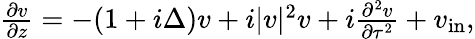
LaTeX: \begin{array}{r}{\frac{\partial v}{\partial z}=-(1+i\Delta)v+i|v|^{2}v+i\frac{\partial^{2}v}{\partial\tau^{2}}+v_{\mathrm{in}},}\end{array}